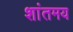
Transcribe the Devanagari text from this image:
शांतमय